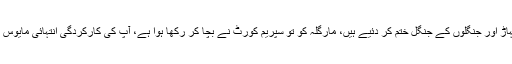
جسٹس گلزار احمد نے کہا کہ آپ نے پہاڑوں کے پہاڑ اور جنگلوں کے جنگل ختم کر دئیے ہیں، مارگلہ کو تو سپریم کورٹ نے بچا کر رکھا ہوا ہے، آپ کی کارکردگی انتہائی مایوس کن ہے، بہتر ہے کسی اور جگہ تشریف لے جائیں ؟